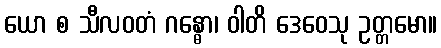
ယော စ သီလဝတံ ဂန္ဓော၊ ဝါတိ ဒေဝေသု ဥတ္တမော။